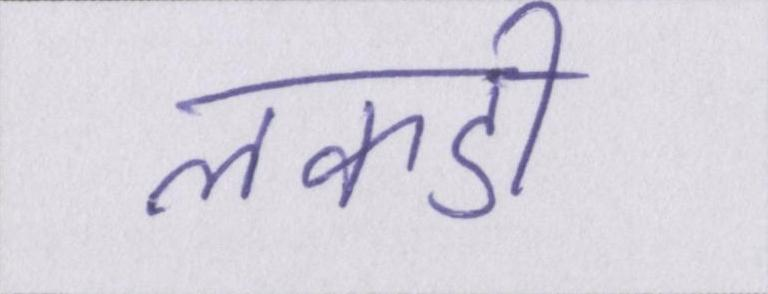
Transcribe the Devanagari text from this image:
लकडी